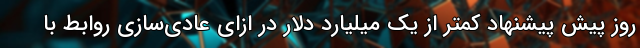
روز پیش پیشنهاد کمتر از یک میلیارد دلار در ازای عادی‌سازی روابط با